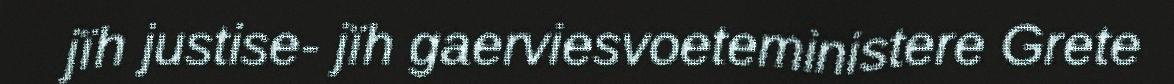
jïh justise- jïh gaerviesvoeteministere Grete